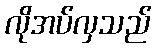
လိုအပ်လှသည်